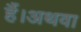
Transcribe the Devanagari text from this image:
हैं।अथवा